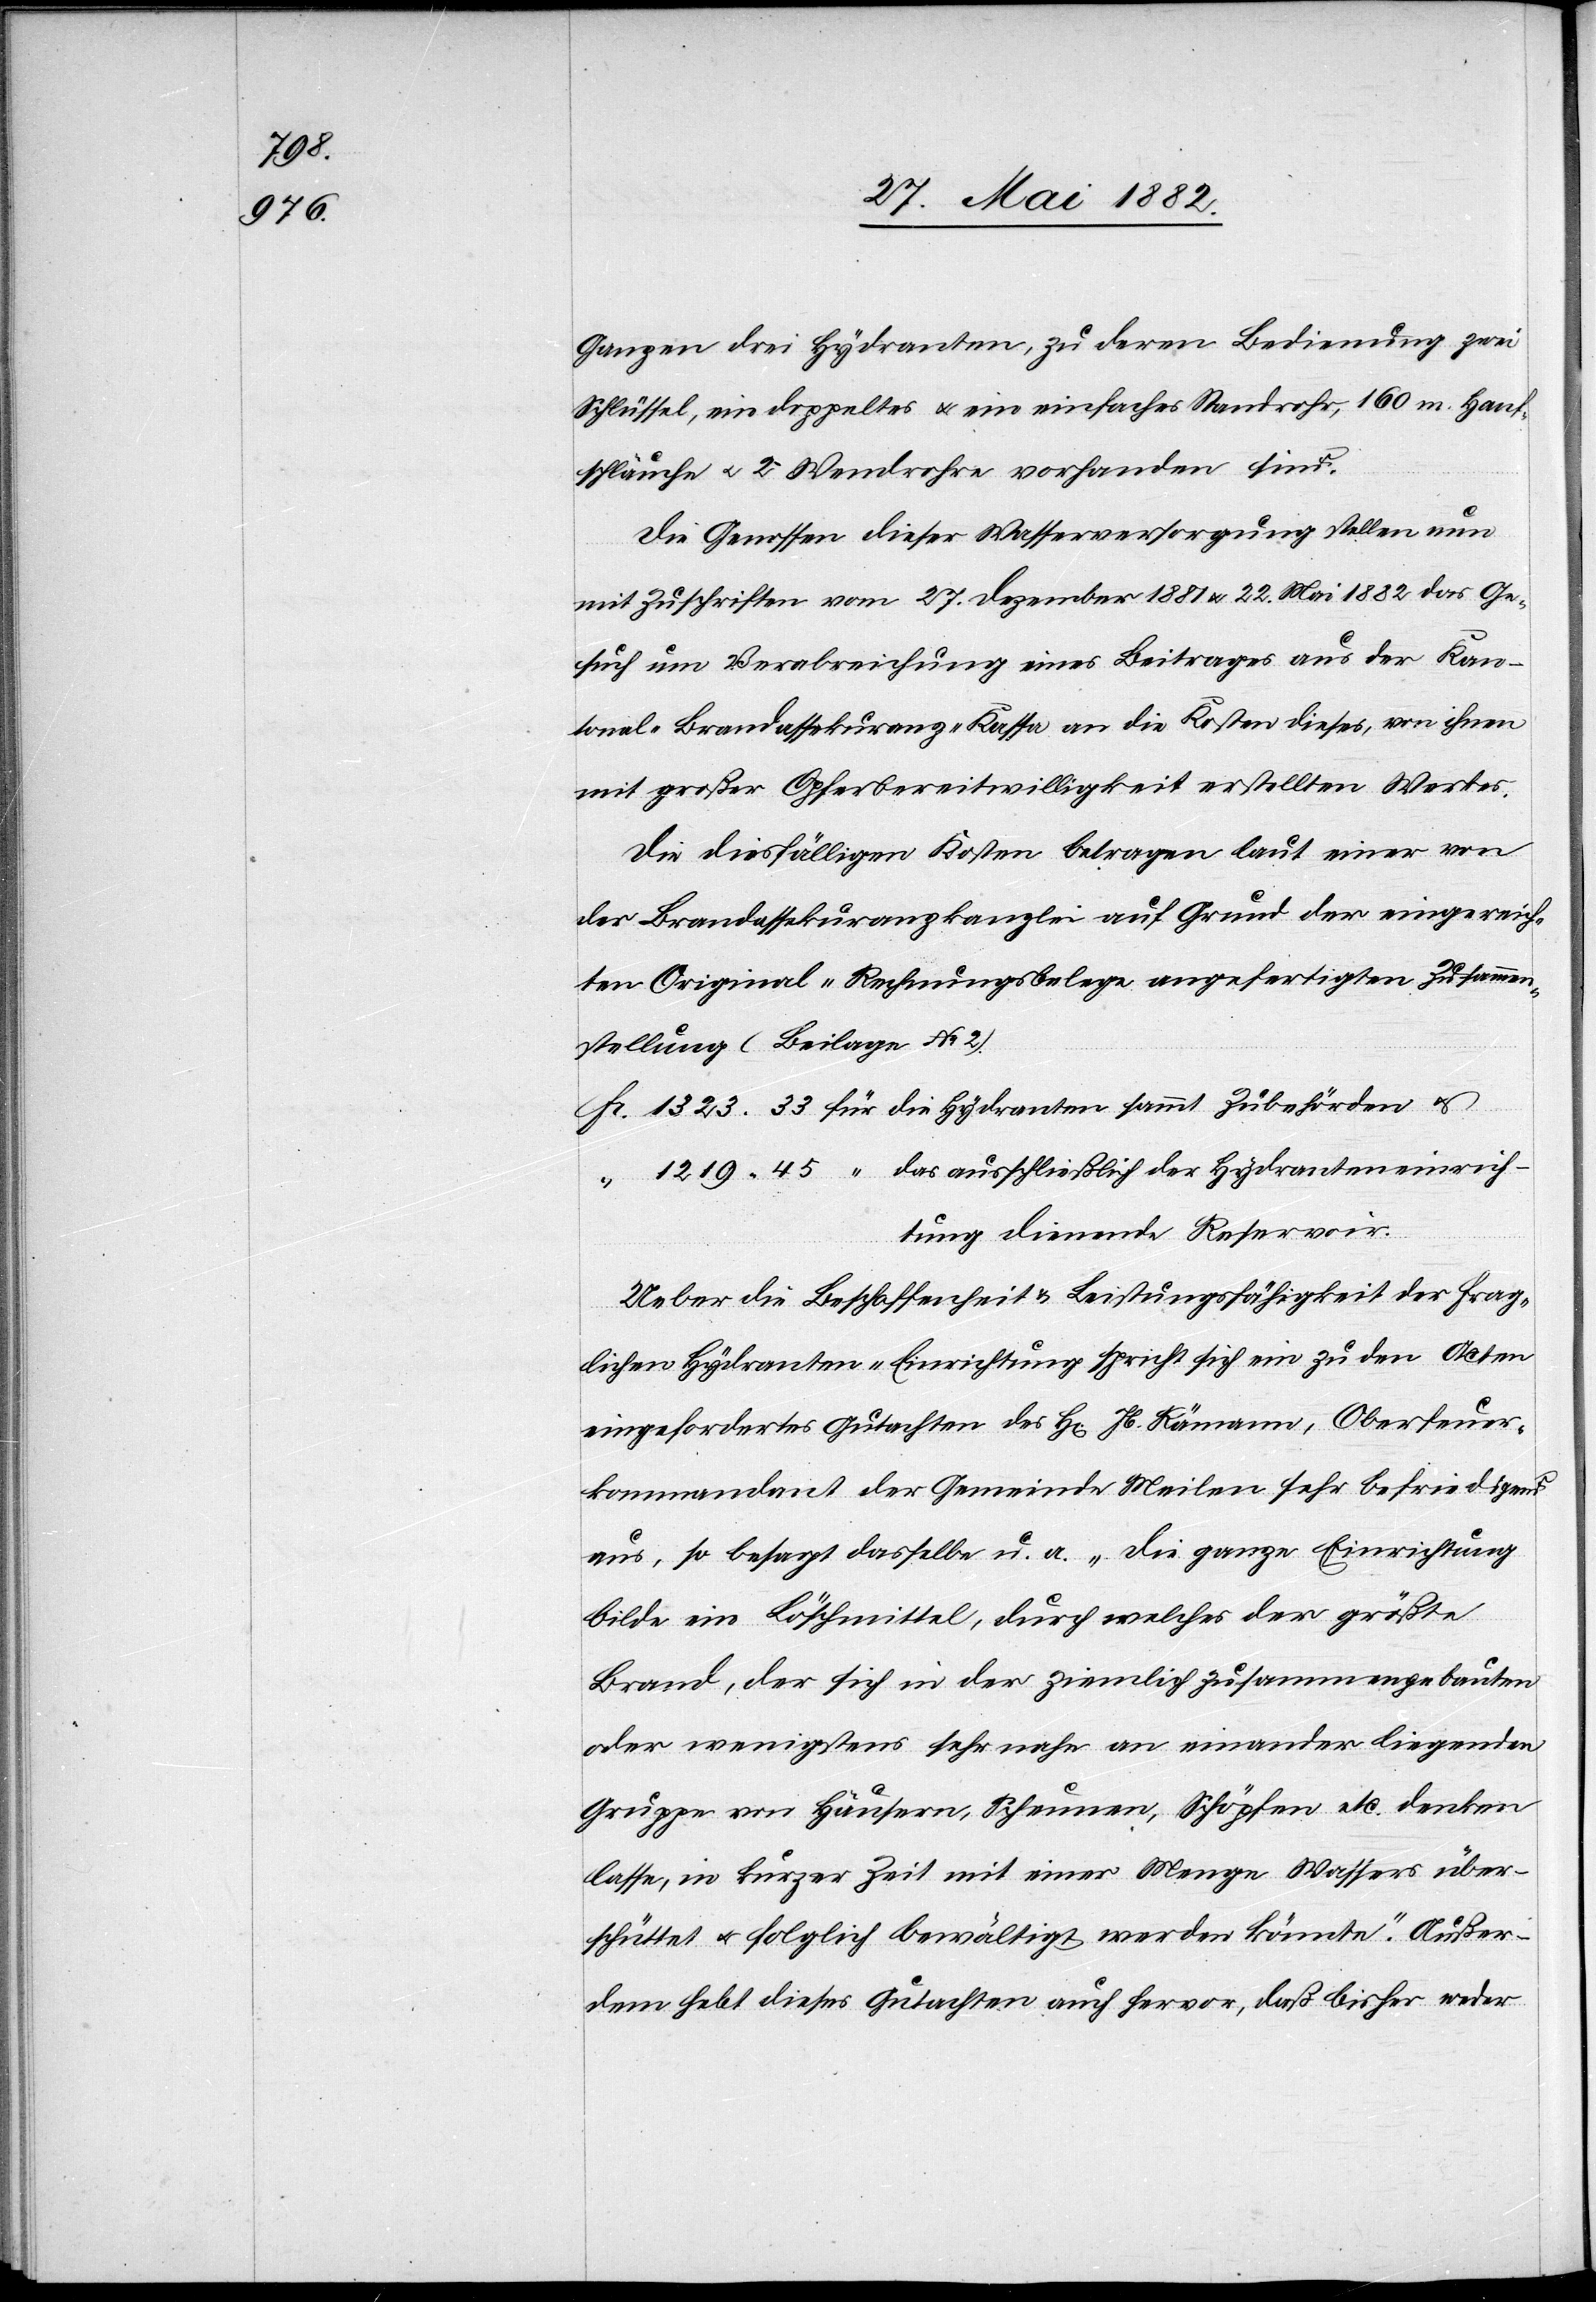
1219

Ganzen drei Hydranten, zu deren Bedienung zwei
Schlüssel, ein doppeltes u. ein einfaches Standrohr, 160 m Hanf¬
schläuche u. 2 Wendrohre vorhanden sind.
Die Genossen dieser Wasserversorgung stellten nun
mit Zuschriften vom 27. Dezember 1881 & 22. Mai 1882 das Ge¬
such um Verabreichung eines Beitrages aus der Kan¬
tonal-Brandassekuranz-Kasse an die Kosten dieses, von ihnen
mit großer Opferbereitwilligkeit erstellten Werkes.
Die diesfälligen Kosten betragen laut einer von
der Brandassekuranzkanzlei auf Grund der eingereich¬
ten Original-Rechnungsbelege angefertigten Zusammen¬
stellung (Beilage No 2).
rich¬
tung dienende Reservoir.
Ueber die Beschaffenheit & die Leistungsfähigkeit der frag¬
lichen Hydranten-Einrichtung spricht sich ein zu den Acten
eingefordertes Gutachten des H[rn]. Jb. Rämann, Oberfeuer¬
kommandant der Gemeinde Meilen sehr befriedigend
aus, so besagt dasselbe u. a. „Die ganze Einrichtung
bilde ein Löschmittel, durch welches der größte
Brand, der sich in der ziemlich zusammengebauten
oder wenigstens sehr nahe an einander liegenden
Gruppe von Häusern, Scheunen, Schöpfen etc. denken
lasse, in kurzer Zeit mit einer Menge Wassers über¬
schütte u. folglich bewältigt werden könnte.“ Außer¬
dem hebt dieses Gutachten auch hervor, daß bisher weder